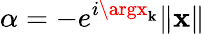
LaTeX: \alpha=-e^{i\argx_{\mathbf{k}}}\| \mathbf{{x}}\|